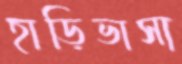
হাড়িভাসা